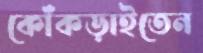
কোঁকড়াইতেন